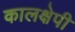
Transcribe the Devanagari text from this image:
कालक्षेपी